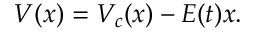
V ( x ) = V _ { c } ( x ) - E ( t ) x .